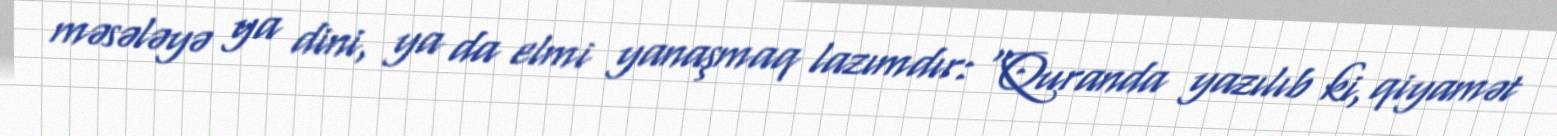
məsələyə ya dini, ya da elmi yanaşmaq lazımdır: “Quranda yazılıb ki, qiyamət